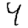
Digit: 4